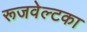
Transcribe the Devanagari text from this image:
रूजवेल्टका